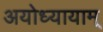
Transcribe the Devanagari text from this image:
अयोध्यायाम्